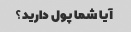
آیا شما پول دارید؟